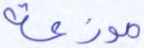
موزعة